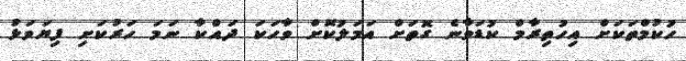
ހުކުމްތަކަށް އިހުތިރާމް ކުޑަވާނެ ގޮތަށް އަމަލުކޮށް ވާހަކަ ދައްކާ ނަމަ ހަރުކަށި ފިޔަވަޅު